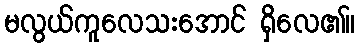
မလွယ်ကူလေသးအောင် ရှိလေ၏။